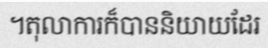
។តុលាការក៏បាននិយាយដែរ